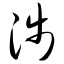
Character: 浅